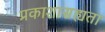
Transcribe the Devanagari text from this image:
प्रकाशासह्यता